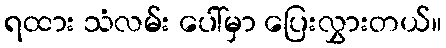
ရထား သံလမ်း ပေါ်မှာ ပြေးလွှားတယ်။